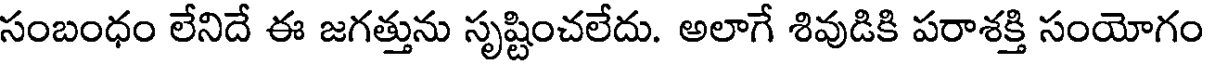
సంబంధం లేనిదే ఈ జగత్తును సృష్టించలేదు. అలాగే శివుడికి పరాశక్తి సంయోగం